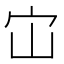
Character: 𭓞